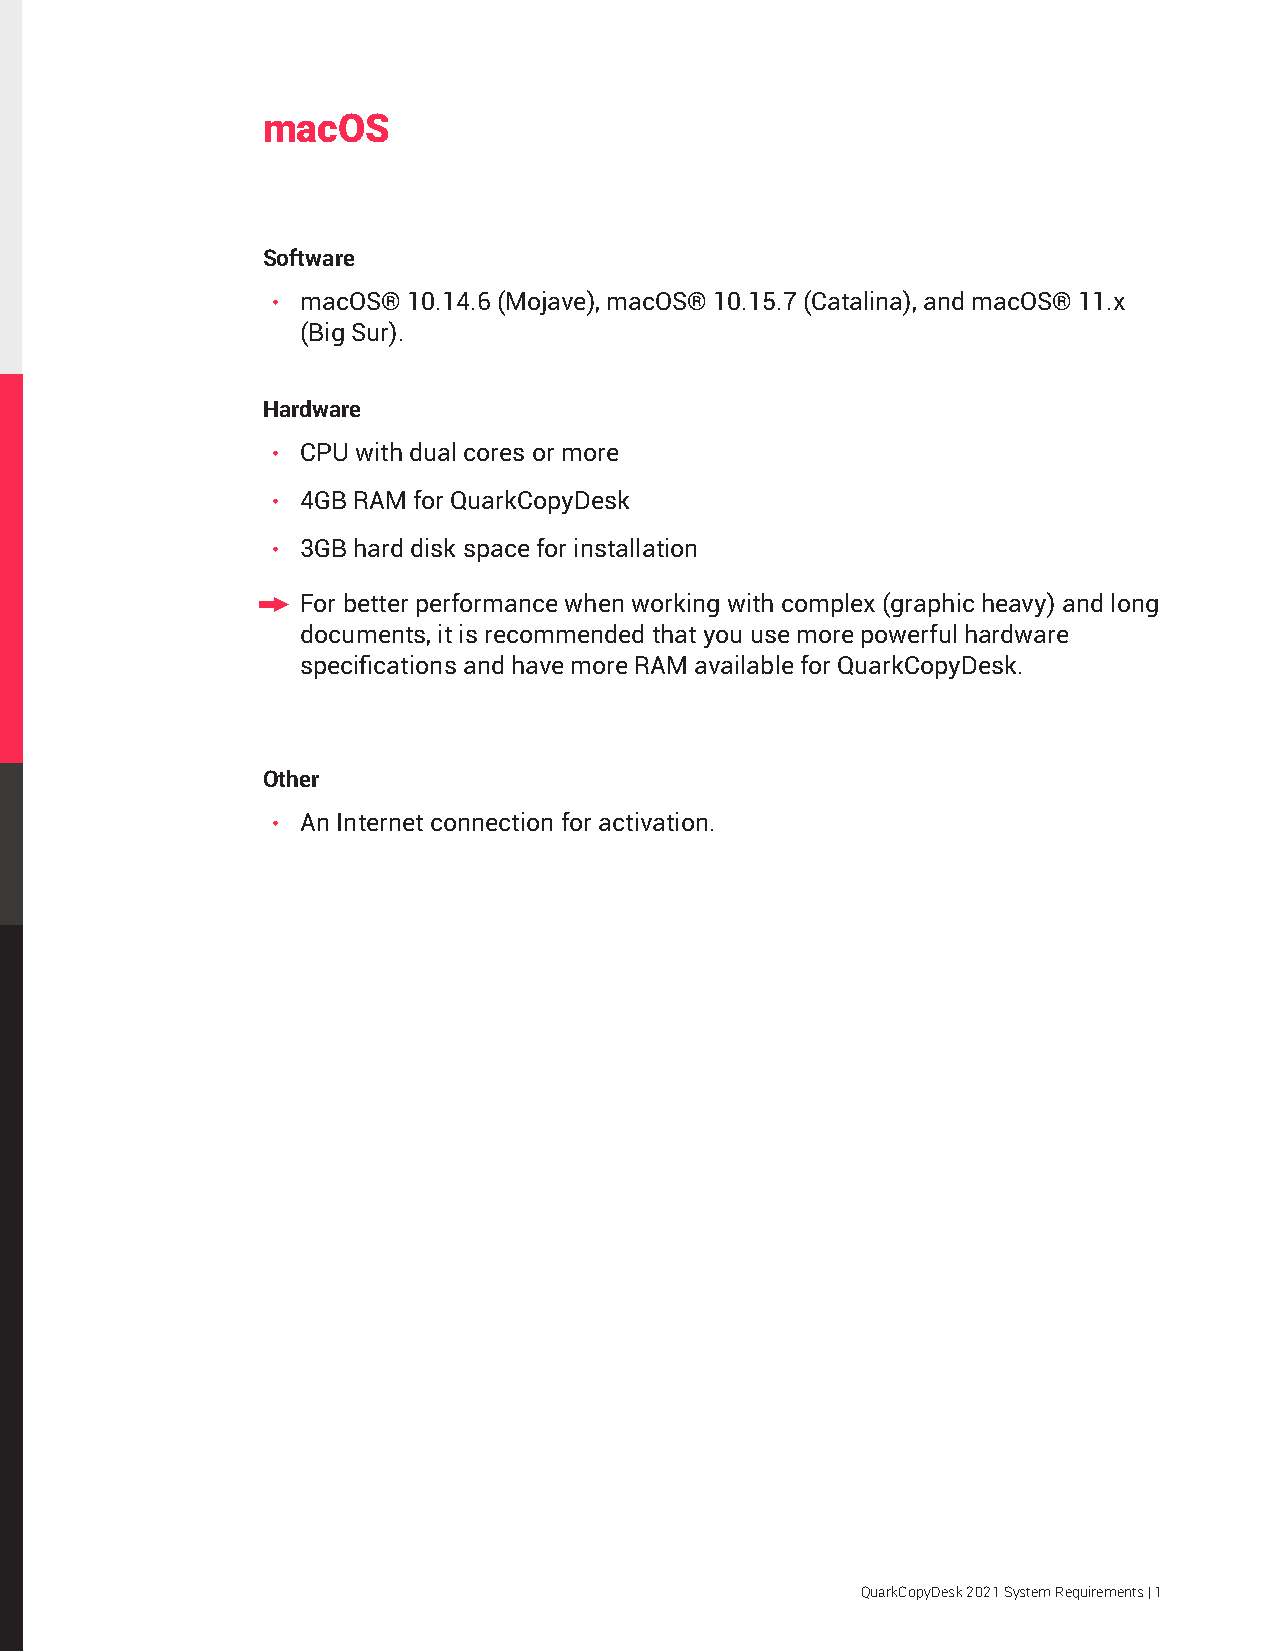
macOS
 Software
 • macOS® 10.14.6 (Mojave), macOS® 10.15.7 (Catalina), and macOS® 11.x
 (Big Sur).
 Hardware
 • CPU with dual cores or more
 • 4GB RAM for QuarkCopyDesk
 • 3GB hard disk space for installation
   For better performance when working with complex (graphic heavy) and long
 documents, it is recommended that you use more powerful hardware
 specifications and have more RAM available for QuarkCopyDesk.
 Other
 • An Internet connection for activation.
 QuarkCopyDesk 2021 System Requirements | 1